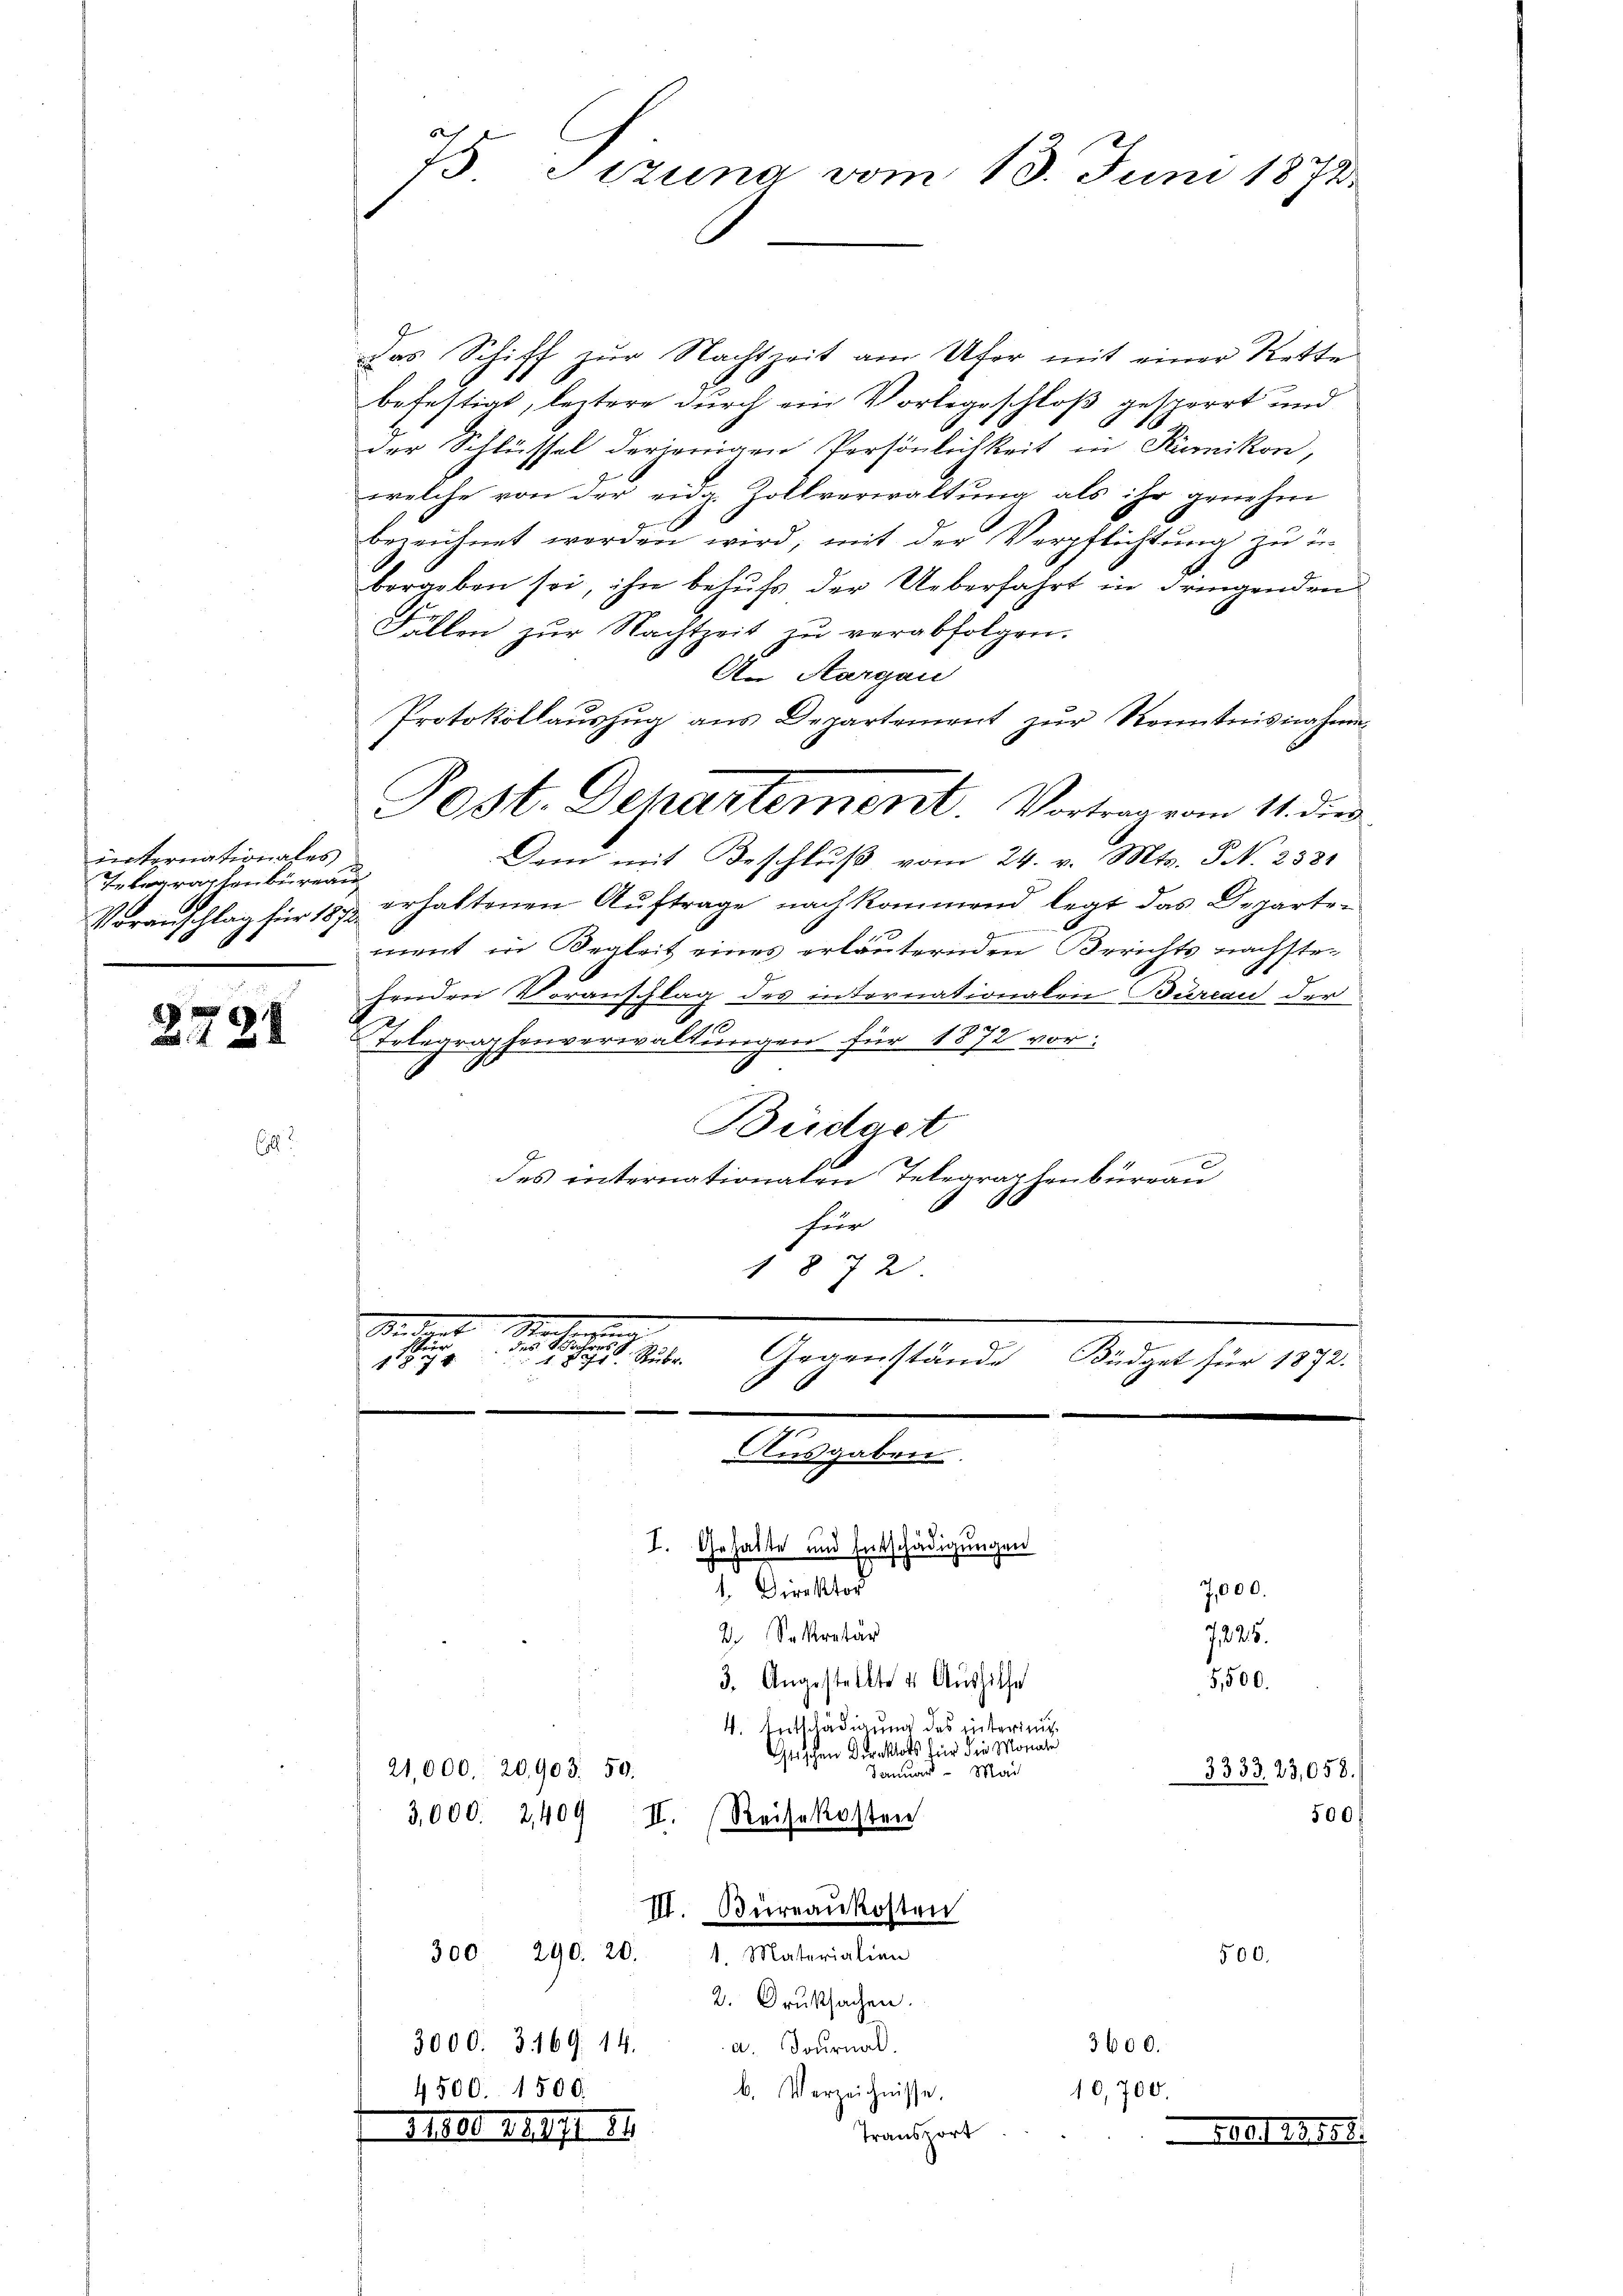
internationales
Telegraphenbureau

2724

Coll

Das Schiff zur Nachtzeit am Ufer mit einer Rette
befestigt, leztere durch ein Vorlegeschloß gesperrt und
der Schlüssel derjenigen Persönlichkeit in Rümikon,
welche von der eidg. Zollverwaltung als ihr genehm
bezeichnet worden wird, mit der Verpflichtung zu u
bergeben sei, ihre behufs der Ueberfahrt in dringenden
Fällen zur Nachtzeit zu verabfolgen.
An Aargau
Protokollauszug aus Departement zur Kenntnisnnahme
Dem mit Beschlŭβ vom 24. v. Mts. S. 233.
Voranschlag für 1872 erhaltenen Auftrage nach kommend legt das Departee
ment in Begleit eines erläuternden Berichts nächstre
henden Voranschlag des intornationalen Bureau der
Telegraphenverwaltungen für 1872 vor
Büdget
des internationalen Telegraphenbürrau
für
1872
Mad.
                    Rubr
Gegenstände Büdget für 1873.
Ausgaben.

6
15 Sizung vom 13. Juni 1872.

Post. Departement. Vortrag vom 11. die

I. Gehalte und Entschädigungen
1. Direktor
7,000.
2. Sekretär
7225.
3. Angestellte u Aŭshilfe
5,500.
4. Entschädigung des interini
Gtischen Direktors für die Moriale
21,000. 20,903. 50.
Sanuar. Mai
3333. 23,058.
500.
3,000. 2,409 II. Reisekosten
III. Büreaukosten
300 290. 20.
1. Materialien
500.
2. Druksachen.
3600.
3000. 3169. 14. a. Journal.
10,700.
b. Verzeichnisse.
4500. 1500.
Transport
11800. 1911/188
Al. 1188.